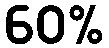
60%